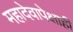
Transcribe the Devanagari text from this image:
महादेवापेक्षाही